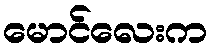
မောင်လေးက